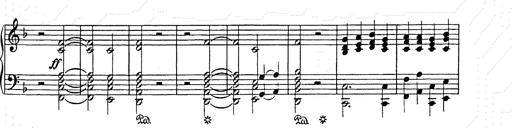
Title: Weihnachtsbaum
Composer: Franz Liszt